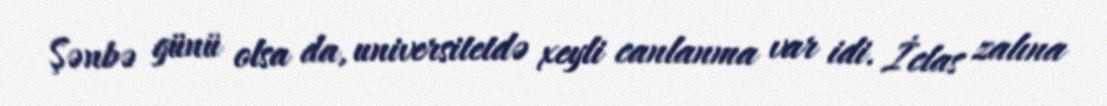
Şənbə günü olsa da, universitetdə xeyli canlanma var idi. İclas zalına